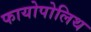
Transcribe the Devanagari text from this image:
फायोपोलिथ